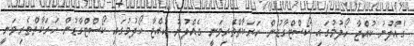
ގެއްލުނު ކުއްޖާ ހޯދުމުގައި ކޯސްޓްގާޑުން ހަރަކާތްތެރިވަނީ ގެއްލުނު ކުއްޖާ ހޯދުމުގައި ކޯސްޓްގާޑުން ހަރަކާތްތެރިވަނީ